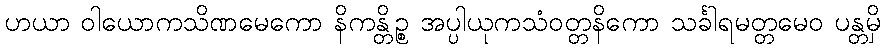
ဟယာ ဝါယောကသိဏမေကော နိကန္တိဉ္စ အပ္ပါယုကသံဝတ္တနိကော သင်္ခါရမတ္တမေဝ ပန္တမှိ